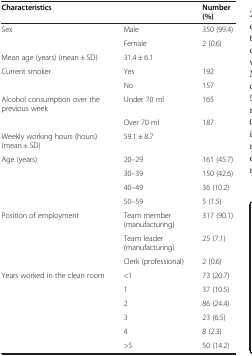
<table><thead><tr><td><b>Characteristics</b></td><td><b> </b></td><td><b>Number (%)</b></td></tr></thead><tbody><tr><td>Sex</td><td>Male</td><td>350 (99.4)</td></tr><tr><td> </td><td>Female</td><td>2 (0.6)</td></tr><tr><td>Mean age (years) (mean ± SD)</td><td>31.4 ± 6.1</td><td> </td></tr><tr><td>Current smoker</td><td>Yes</td><td>192</td></tr><tr><td> </td><td>No</td><td>157</td></tr><tr><td>Alcohol consumption over the previous week</td><td>Under 70 ml</td><td>165</td></tr><tr><td> </td><td>Over 70 ml</td><td>187</td></tr><tr><td>Weekly working hours (hours) (mean ± SD)</td><td>59.1 ± 8.7</td><td> </td></tr><tr><td>Age (years)</td><td>20–29</td><td>161 (45.7)</td></tr><tr><td> </td><td>30–39</td><td>150 (42.6)</td></tr><tr><td> </td><td>40–49</td><td>36 (10.2)</td></tr><tr><td> </td><td>50–59</td><td>5 (1.5)</td></tr><tr><td>Position of employment</td><td>Team member (manufacturing)</td><td>317 (90.1)</td></tr><tr><td> </td><td>Team leader (manufacturing)</td><td>25 (7.1)</td></tr><tr><td> </td><td>Clerk (professional)</td><td>2 (0.6)</td></tr><tr><td>Years worked in the clean room</td><td>&lt;1</td><td>73 (20.7)</td></tr><tr><td> </td><td>1</td><td>37 (10.5)</td></tr><tr><td> </td><td>2</td><td>86 (24.4)</td></tr><tr><td> </td><td>3</td><td>23 (6.5)</td></tr><tr><td> </td><td>4</td><td>8 (2.3)</td></tr><tr><td> </td><td>&gt;5</td><td>50 (14.2)</td></tr></tbody></table>